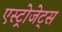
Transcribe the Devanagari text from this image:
एस्‍ट्रोजेट्स